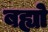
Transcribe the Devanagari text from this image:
बह्यो